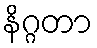
နိဂ္ဂတာ